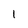
Character: 1